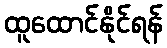
ထူထောင်နိုင်ရန်